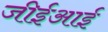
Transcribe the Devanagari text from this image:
जीईआई